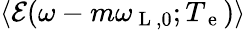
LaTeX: \langle\mathcal{E}(\omega-m\omega_{\mathrm{~L~},0};T_{\mathrm{~e~}})\rangle